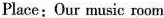
Place: Our music room